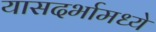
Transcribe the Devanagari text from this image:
यासदर्भामध्ये